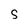
Character: S